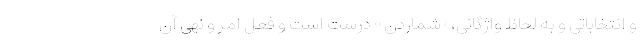
و انتخاباتی و به لحاظ واژگانی،«شماردن» درست است و فعل امر و نهی آن